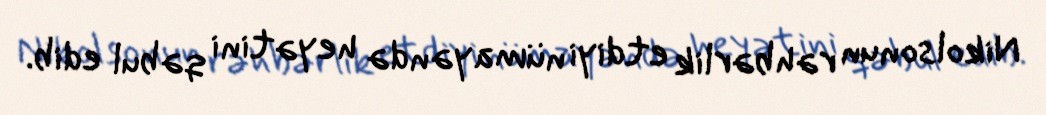
Nikolsonun rəhbərlik etdiyi nümayəndə heyətini qəbul edib.